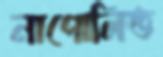
নাপোলিত